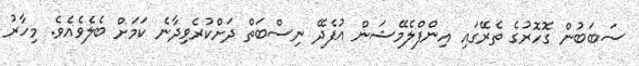
ސަބަބުން ގޮހޮރުގެ ތެރޭގައި އިންފްލެމޭޝަން އުފެދޭ ނިސްބަތް ދަށްކުރެވިދާނެ ކަމަށް ބެލެވެއެވެ. މިހާރު